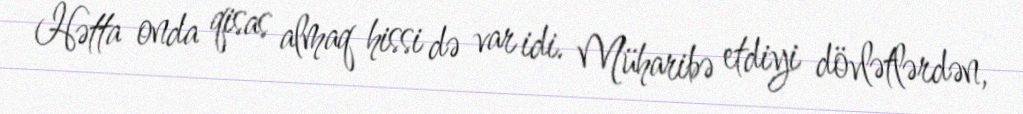
Hətta onda qisas almaq hissi də var idi. Müharibə etdiyi dövlətlərdən,